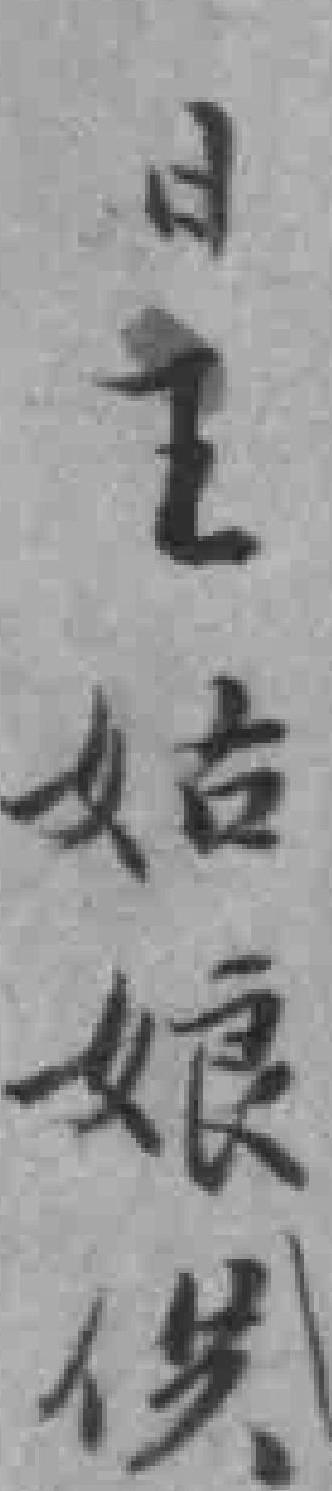
日王姑娘供